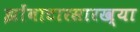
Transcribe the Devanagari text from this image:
झोंबाटारसारख्या